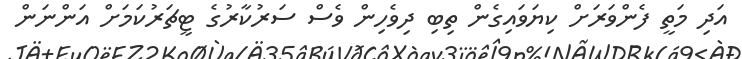
އަދި މަތީ ފެންވަރަށް ކިޔަވައިގެން ތިބި ދިވެހިން ވެސް ސަރުކާރުގެ ޓީޗަރުކަމަށް އަންނަން